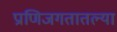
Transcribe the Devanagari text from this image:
प्राणिजगतातल्या